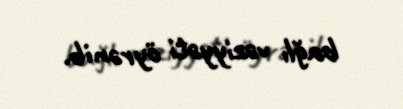
bağlı vəziyyəti öyrənib.